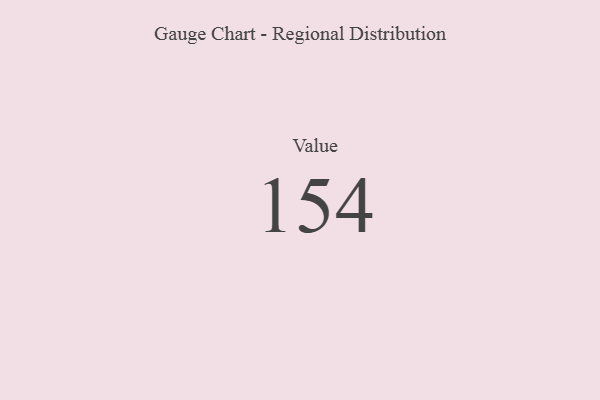
{"axis": {"x": "Metric", "y": "Value"}, "legend": [""], "data": [{"x": "Value", "y": 154, "type": ""}]}